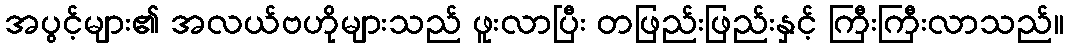
အပွင့်များ၏ အလယ်ဗဟိုများသည် ဖူးလာပြီး တဖြည်းဖြည်းနှင့် ကြီးကြီးလာသည်။